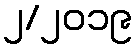
၂/၂၀၁၉